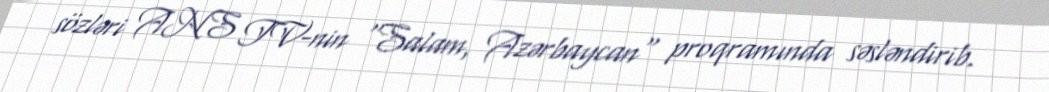
sözləri ANS TV-nin "Salam, Azərbaycan" proqramında səsləndirib.